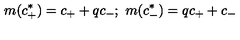
m ( c _ { + } ^ { * } ) = c _ { + } + q c _ { - } ; \ m ( c _ { - } ^ { * } ) = q c _ { + } + c _ { - }